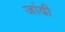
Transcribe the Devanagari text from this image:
जांदी